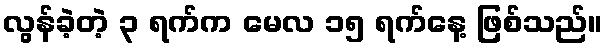
လွန်ခဲ့တဲ့ ၃ ရက်က မေလ ၁၅ ရက်နေ့ ဖြစ်သည်။